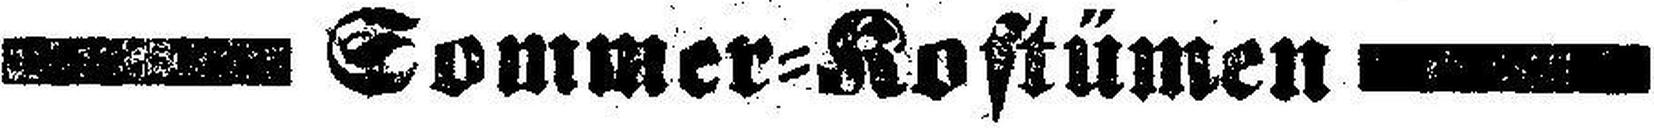
— Sommer=Kostümen —